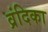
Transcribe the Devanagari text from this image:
व्रंदिका